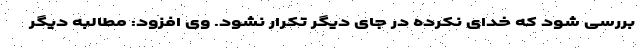
بررسی شود که خدای نکرده در جای دیگر تکرار نشود. وی افزود: مطالبه دیگر